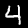
Digit: 4